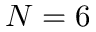
N = 6